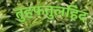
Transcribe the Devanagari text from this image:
तुहफतुलहिद